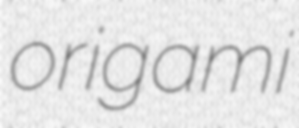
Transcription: origami